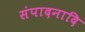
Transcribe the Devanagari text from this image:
संपादनादि